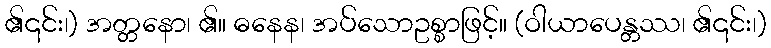
၏၎င်း၊) အတ္တနော၊ ၏။ ဓနေန၊ အပ်သောဥစ္စာဖြင့်။ (ဝါယာပေန္တဿ၊ ၏၎င်း၊)